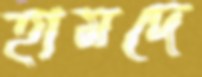
হামদে